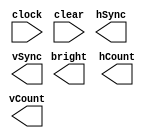
module VGA_Controller(
    input clock,
    input clear,
    output reg hSync,
    output reg vSync,
    output reg bright,
    output reg [9:0] hCount,
    output reg [9:0] vCount
    );

	 // An example of a counter that only counts when En is high.
	 // This particular En is assumed to be high for a single clock
	 // cycle when it's time to count

	 always@(posedge clk100MHz)
		begin
			if (clr)
				count <= 0; // clear count if clr is asserted
			else if (En)
				count <= count + 1; // If En is high, count
										// otherwise, hold previous value (default)
		end

endmodule